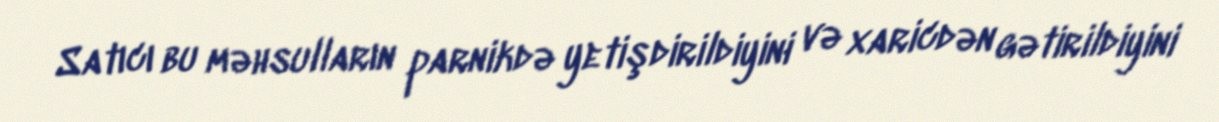
Satıcı bu məhsulların parnikdə yetişdirildiyini və xaricdən gətirildiyini